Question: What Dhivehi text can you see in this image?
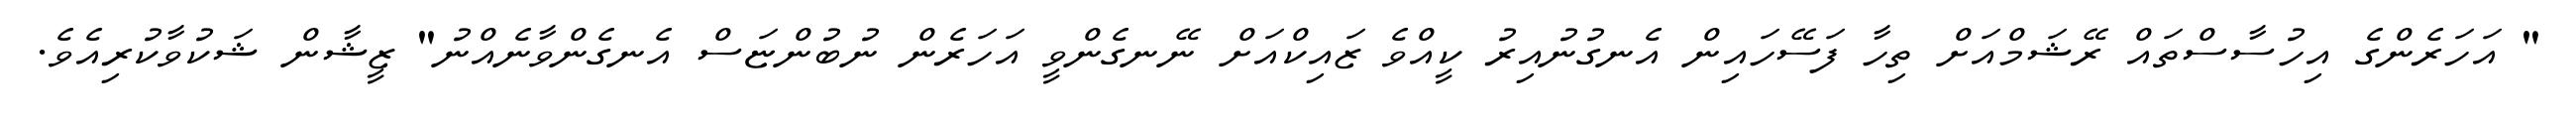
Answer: " އަހަރެންގެ އިހުސާސްތައް ރޭޝަމްއަށް ތިހާ ފަސޭހައިން އެނގުނުއިރު ކީއްވެ ޒައިކްއަށް ނޭނގެންވީ އަހަރެން ނުބުންޏަސް އެނގެންވާނެއްނު" ޒީޝާން ޝަކުވާކުރިއެވެ.